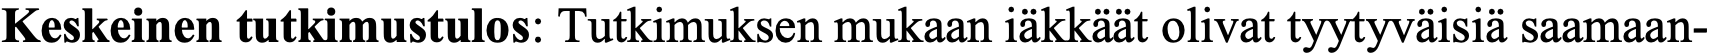
Keskeinen tutkimustulos: Tutkimuksen mukaan iäkkäät olivat tyytyväisiä saamaan-